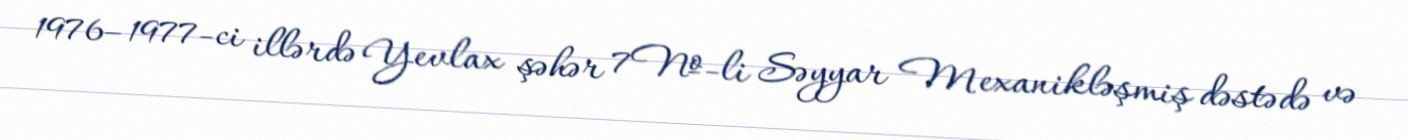
1976–1977-ci illərdə Yevlax şəhər 7№-li Səyyar Mexanikləşmiş dəstədə və